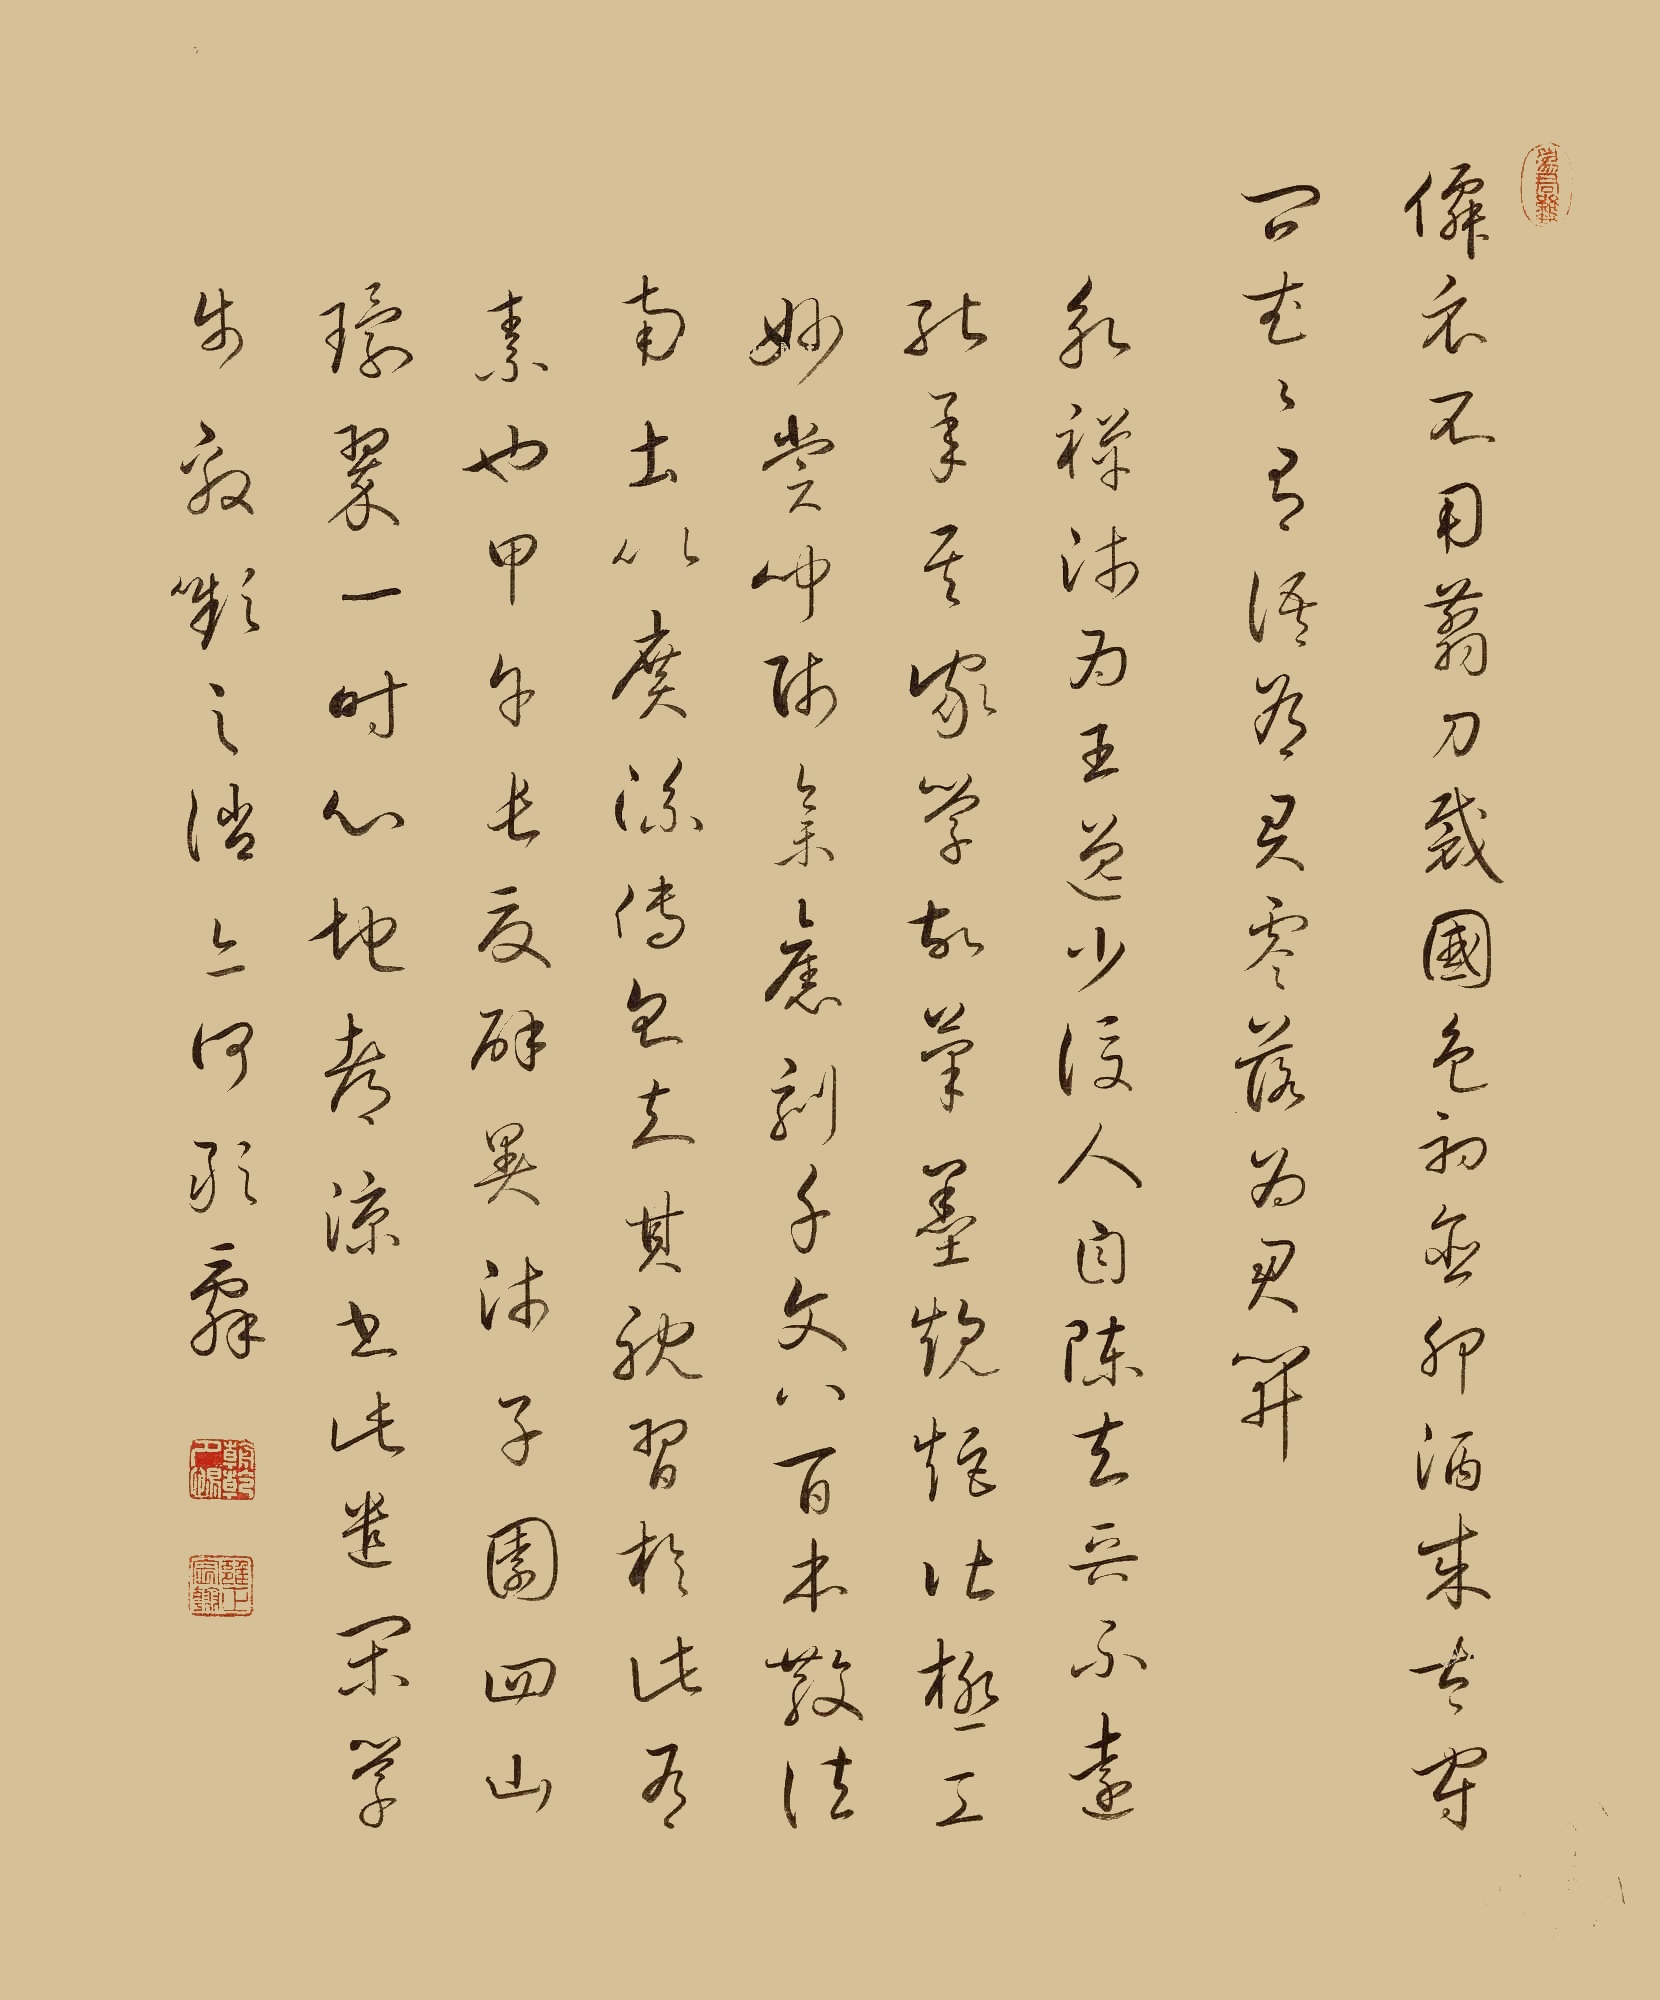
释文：仙衣不用剪刀裁，国色初酣卯酒来。太守问花花有语，为君零落为君开。永禅师为王逸少后人，自陈去晋不远，能承其家学，故笔墨规矩，皆极工妙。尝闻师集旧刻千文八百本，散法南土，以广流传名，知其耽习于此有素也。甲午长夏，避暑狮子园，四山环翠，一时心地都凉，书此遣闲，学步效嚬之消，亦何敢辞。